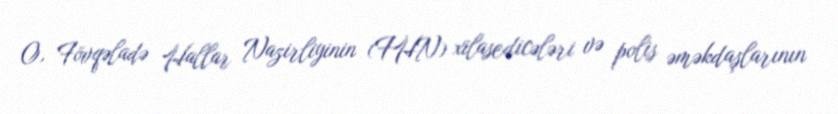
O, Fövqəladə Hallar Nazirliyinin (FHN) xilasedicələri və polis əməkdaşlarının